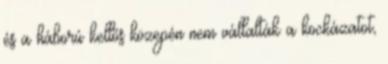
és a háború kellős közepén nem vállalták a kockázatot,